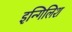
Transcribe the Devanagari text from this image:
इन्गिलिश